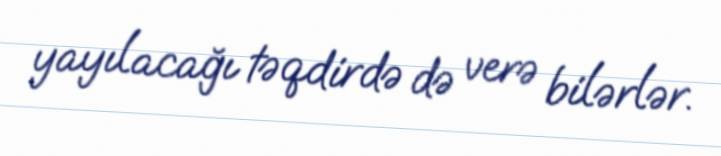
yayılacağı təqdirdə də verə bilərlər.